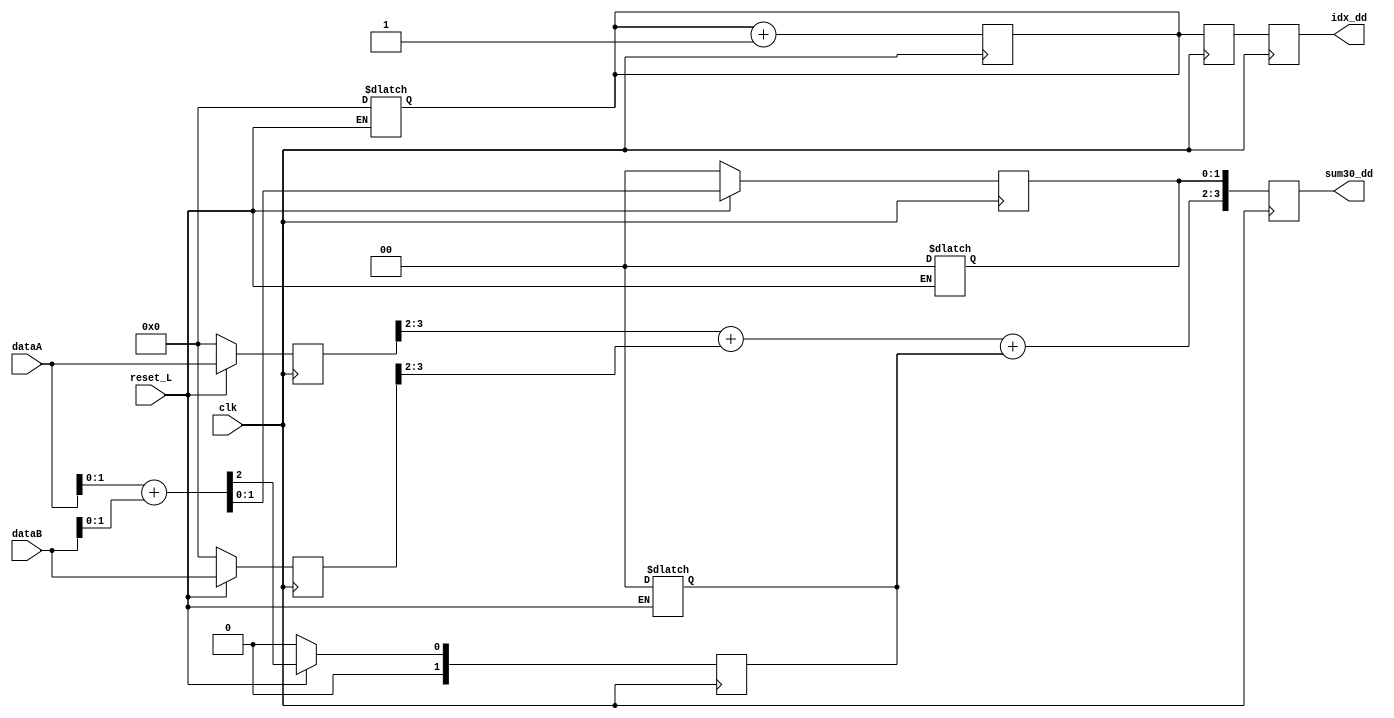
module sum_pipe(
    input clk, reset_L,
    input [3:0] dataA, dataB,
    output reg [3:0] sum30_dd, idx_dd
);

    reg [1:0] acarreo, acarreo_d;
    reg [2:0] sum_conacarreo;
    reg [3:0] sum30_d, dataA_d, dataB_d, dataAant, dataBant, idx,idx_d;
    reg [1:0] sum10, sum10_d;

    always @(*) begin
        if (reset_L) begin
            sum_conacarreo <= dataA[1:0] + dataB[1:0];
            sum10 <= sum_conacarreo[1:0];
            acarreo <= sum_conacarreo[2];
            dataAant  = dataA;
            dataBant = dataB;
            
        end
        else begin
            sum_conacarreo = 0;
            sum10 = 0;
            acarreo = 0;
            sum10_d = 0;
            acarreo_d = 0;
            sum30_d = 0;
            dataAant  = 0;
            dataBant = 0;
            idx = 0;
        end


    end
   //Segundo Etapa ya va tener 2 tiempos de retraso
   always @(posedge clk) begin
       idx <= idx +1;
       idx_d <= idx;
       idx_dd <= idx_d;
       sum10_d <= sum10;
       acarreo_d <= acarreo;
       sum30_d[3:2] <= dataAant[3:2] + dataBant[3:2]+ acarreo;
       sum30_dd[3:2] <= dataA_d[3:2] + dataB_d[3:2]+ acarreo_d;
       dataA_d<= dataAant;
       dataB_d <= dataBant;   
       sum30_d[1:0] <= sum10;
       sum30_dd[1:0] <= sum10_d;
   end 
 
endmodule